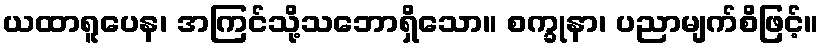
ယထာရူပေန၊ အကြင်သို့သဘောရှိသော။ စက္ခုနာ၊ ပညာမျက်စိဖြင့်။